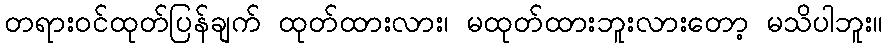
တရားဝင်ထုတ်ပြန်ချက် ထုတ်ထားလား၊ မထုတ်ထားဘူးလားတော့ မသိပါဘူး။